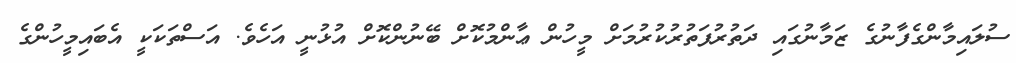
ސުލައިމާންގެފާނުގެ ޒަމާނުގައި ދަތުރުފަތުރުކުރުމަށް މީހުން ޢާންމުކޮށް ބޭނުންކޮށް އުޅުނީ އަހެވެ. އަސްތަކަކީ އެބައިމީހުންގެ